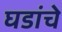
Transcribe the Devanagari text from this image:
घडांचे